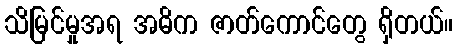
သိမြင်မှုအရ အဓိက ဇာတ်ကောင်တွေ ရှိတယ်။